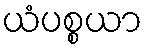
ယံပစ္စယာ